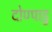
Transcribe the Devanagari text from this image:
दोण्पाडु